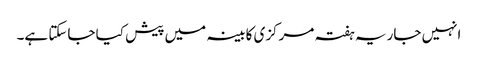
انہیں جاریہ ہفتہ مرکزی کابینہ میں پیش کیا جاسکتا ہے۔